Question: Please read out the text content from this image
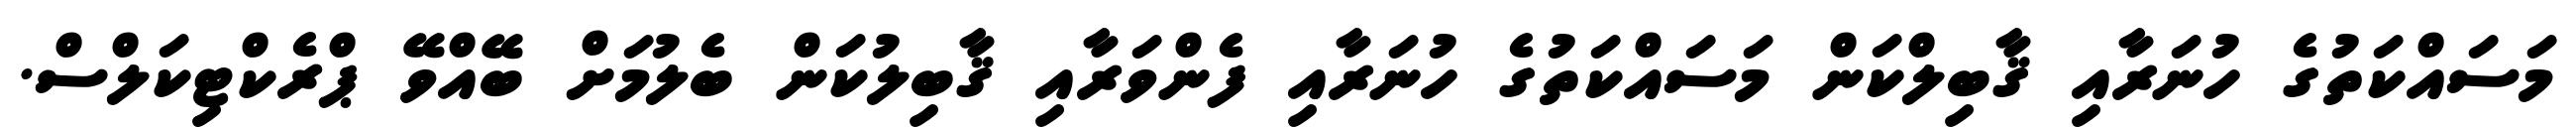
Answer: މަސައްކަތުގެ ހުނަރާއި ޤާބިލްކަން މަސައްކަތުގެ ހުނަރާއި ފެންވަރާއި ޤާބިލުކަން ބެލުމަށް ބޭއްވޭ ޕްރެކްޓިކަލްސް.